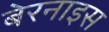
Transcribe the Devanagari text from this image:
बेरनाइस